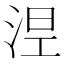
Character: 𣵀